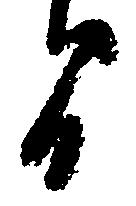
間